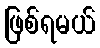
ဖြစ်ရမယ်